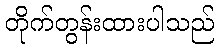
တိုက်တွန်းထားပါသည်